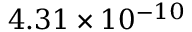
{ 4 . 3 1 \times 1 0 ^ { - 1 0 } }